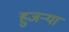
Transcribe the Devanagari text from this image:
हुजऱ्या